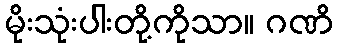
မိုးသုံးပါးတို့ကိုသာ။ ဂဏိ